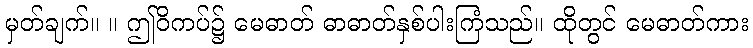
မှတ်ချက်။ ။ ဤဝိကပ်၌ မေဓာတ် ဓာဓာတ်နှစ်ပါးကြံသည်။ ထိုတွင် မေဓာတ်ကား